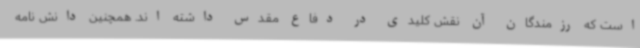
است که رزمندگان آن نقش کلیدی در دفاع مقدس داشته اند. همچنین دانش نامه